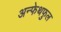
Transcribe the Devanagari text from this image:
अन्फेथफुल